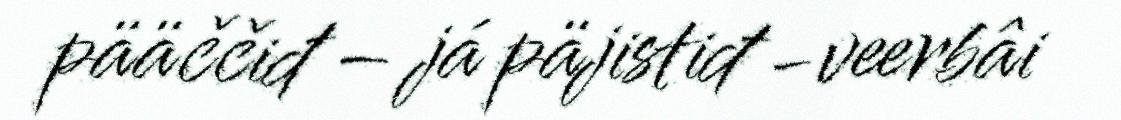
pääččiđ – já päjistiđ -veerbâi